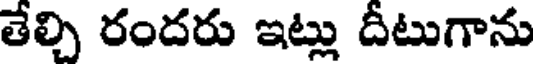
తేల్చి రందరు ఇట్లు దీటుగాను